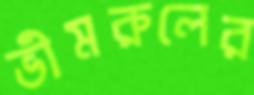
ভীমরুলের